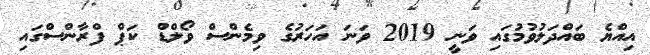
އިއްޔެ ބައްދަލުވުމުގައި ވަނީ 2019 ވަނަ އަހަރުގެ ވިމެންސް ވޯލްޑް ކަޕް ފްރާންސްގައި